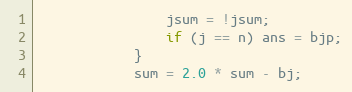
Language: Java
                jsum = !jsum;
                if (j == n) ans = bjp;
            }
            sum = 2.0 * sum - bj;